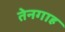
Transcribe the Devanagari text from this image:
तेनगाह